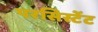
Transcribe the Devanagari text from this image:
परसिस्टेंट